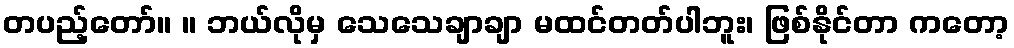
တပည့်တော်။ ။ ဘယ်လိုမှ သေသေချာချာ မထင်တတ်ပါဘူး၊ ဖြစ်နိုင်တာ ကတော့